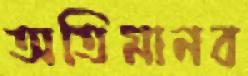
অতিমানব